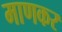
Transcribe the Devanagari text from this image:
माणकर